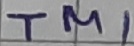
Text: TM1